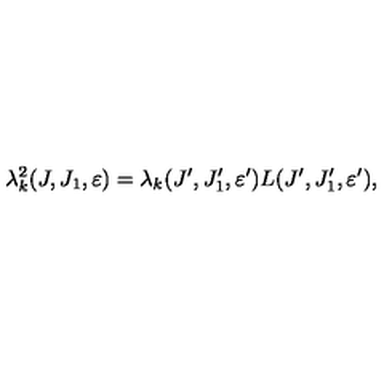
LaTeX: \lambda _ { k } ^ { 2 } ( J , J _ { 1 } , \varepsilon ) = \lambda _ { k } ( J ^ { \prime } , J _ { 1 } ^ { \prime } , \varepsilon ^ { \prime } ) L ( J ^ { \prime } , J _ { 1 } ^ { \prime } , \varepsilon ^ { \prime } ) ,